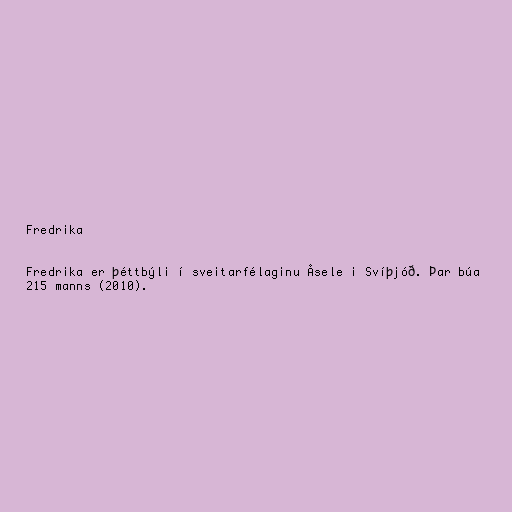
Fredrika

Fredrika er þéttbýli í sveitarfélaginu Åsele i Svíþjóð. Þar búa
215 manns (2010).